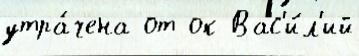
утра́чена от ок Вас'и́л'ий